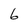
Character: 6